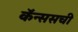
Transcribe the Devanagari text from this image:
कॅन्ससची